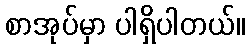
စာအုပ်မှာ ပါရှိပါတယ်။